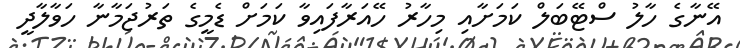
އޭނާގެ ހާލު ސްޓޭބަލް ކަމަށާއި މިހާރު ހޭއަރާފައިވާ ކަމަށް ޑެމީގެ ތަރުޖަމާނާ ހަވާލާދީ